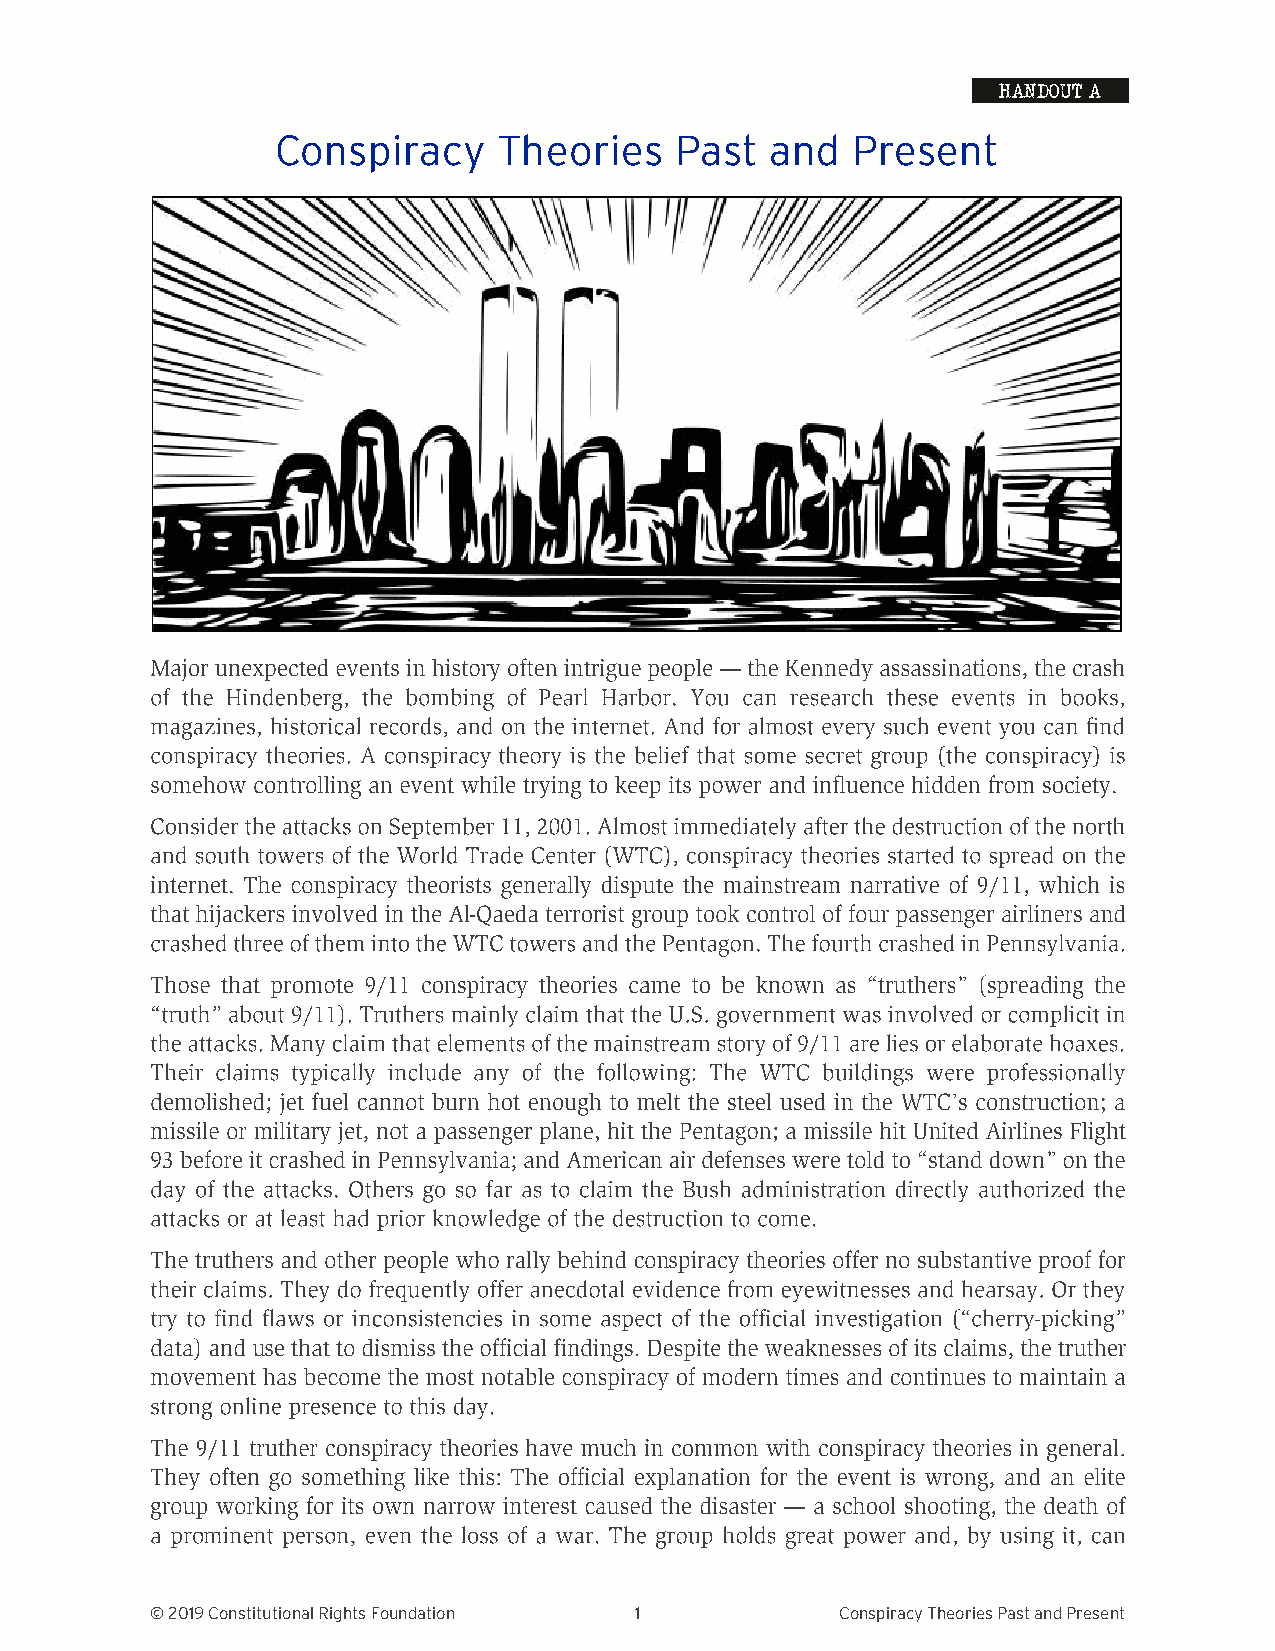
HANDOUT A
 Conspiracy     Theories    Past  and  Present
 © 2019 Constitutional Rights Foundation 1     Conspiracy Theories Past and Present